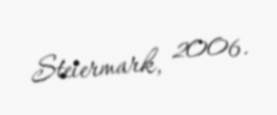
Steiermark, 2006.